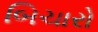
બિચારો